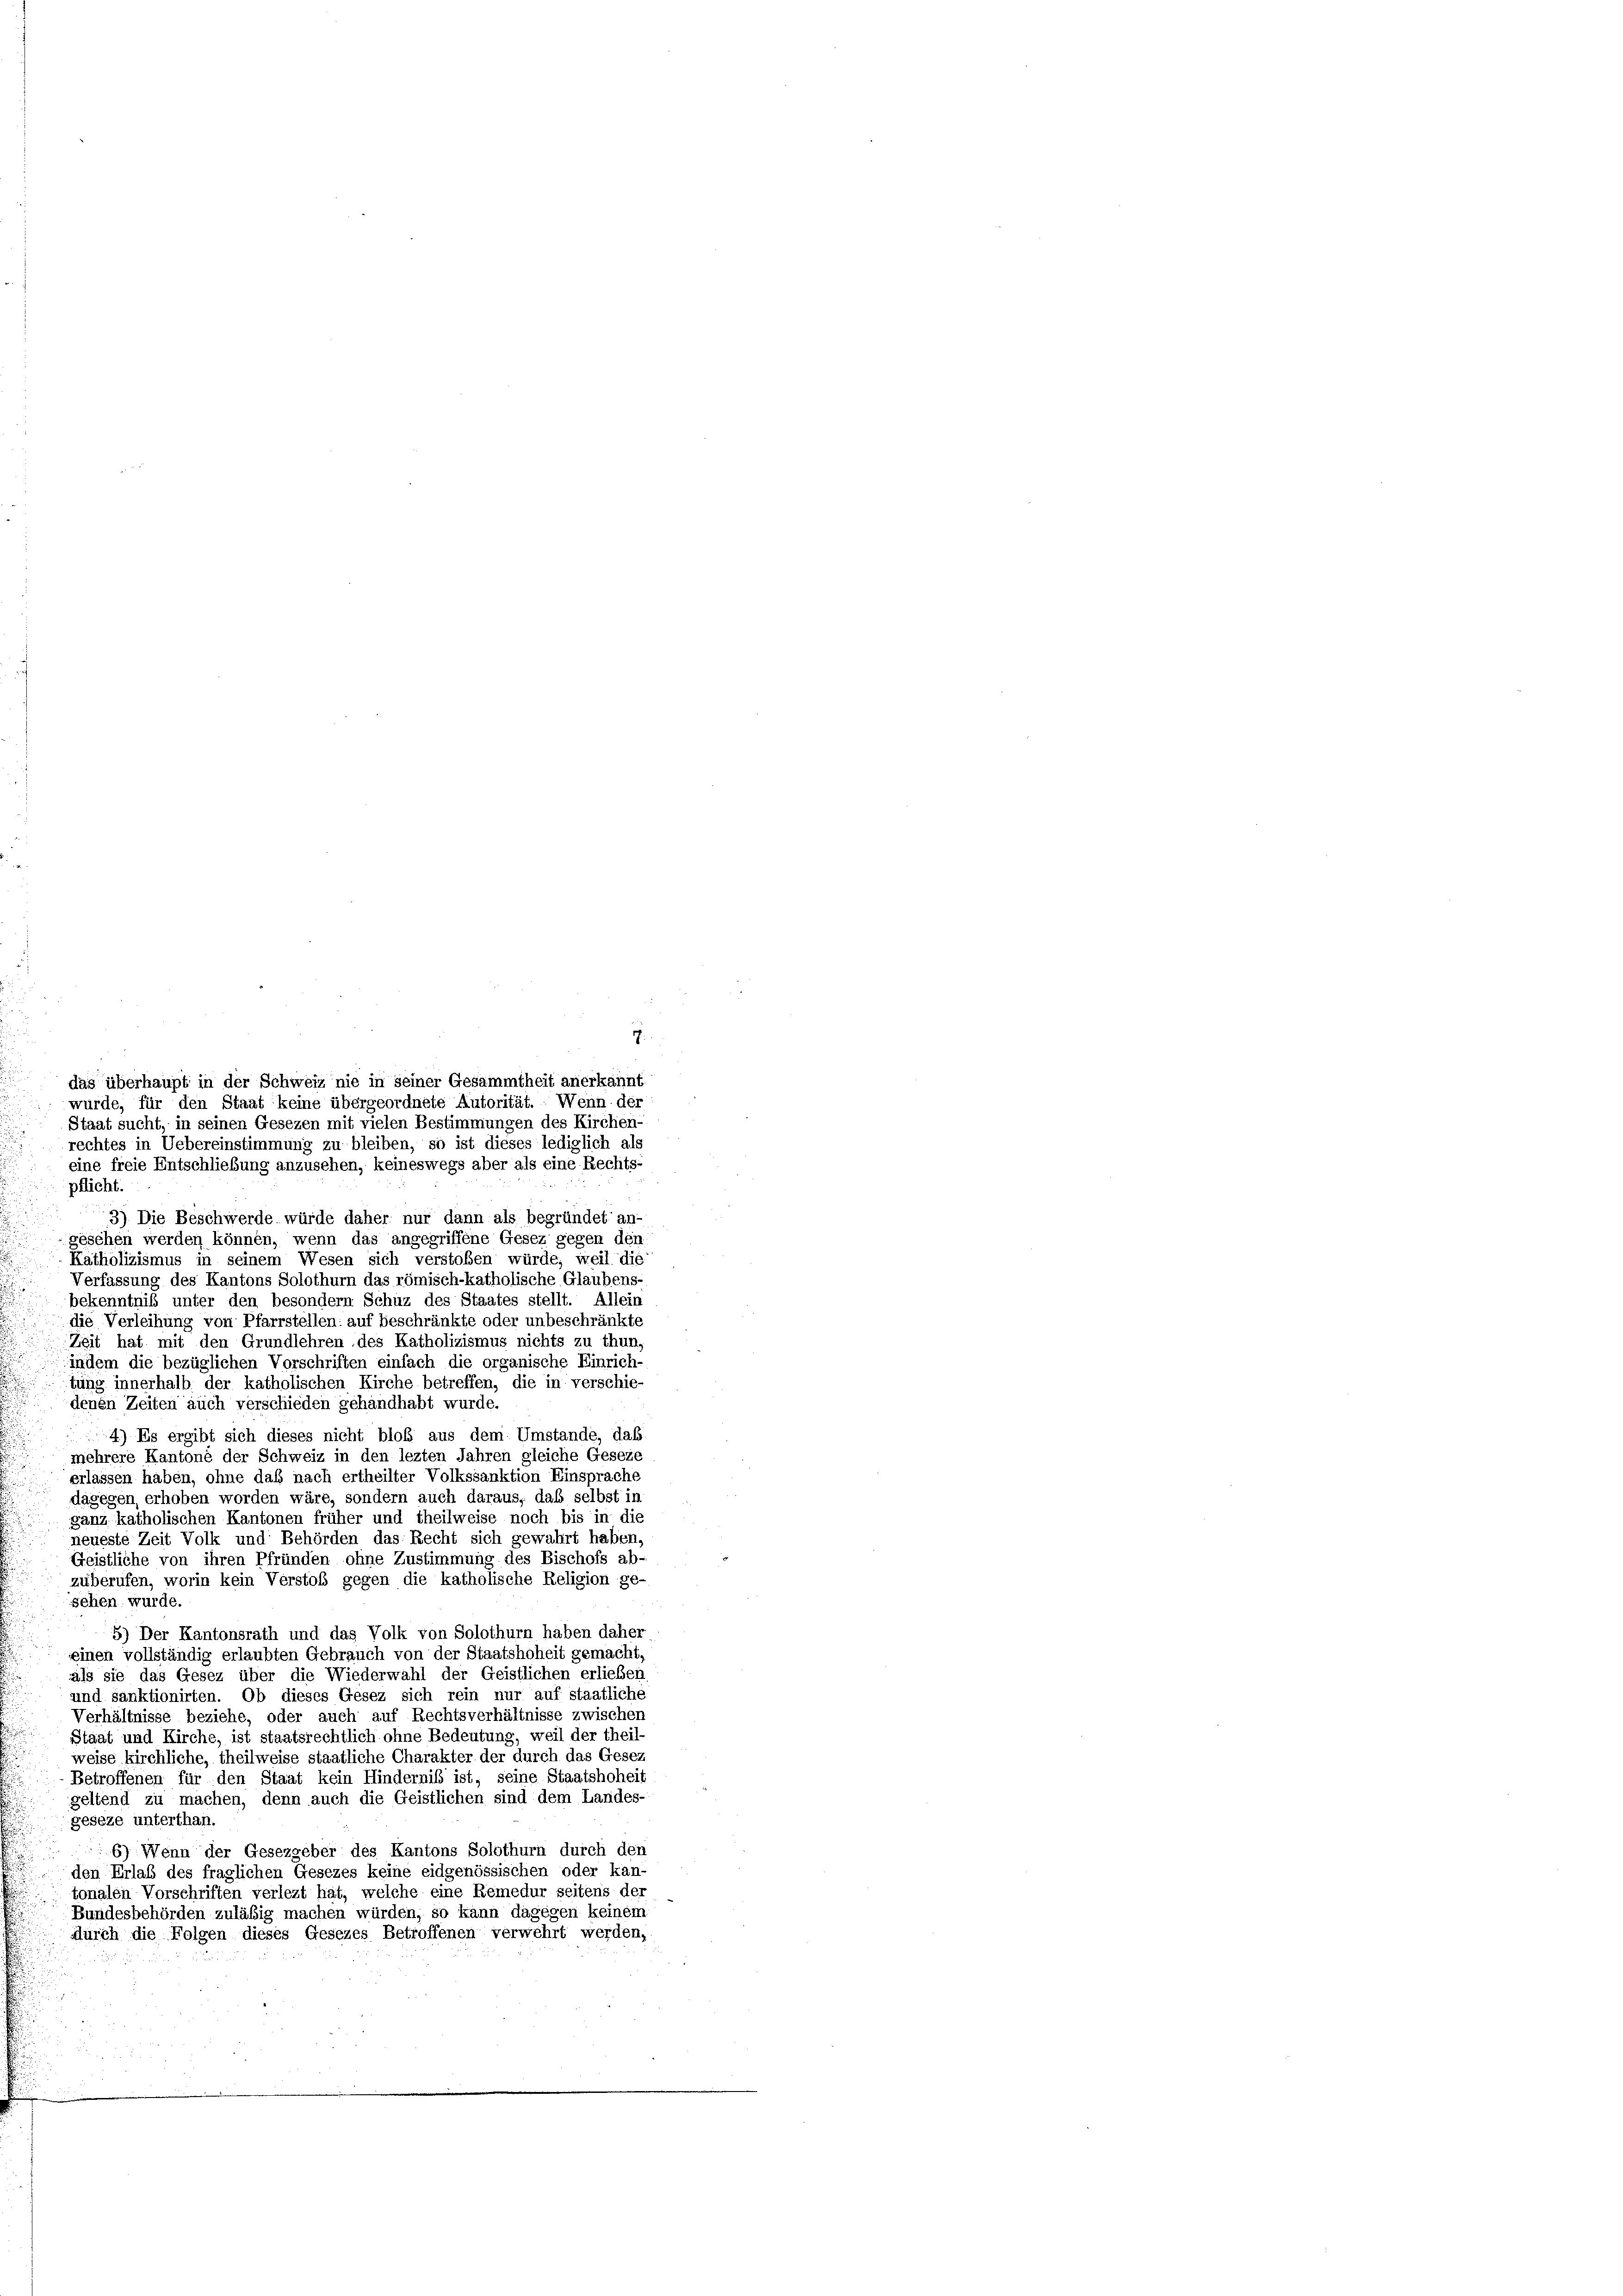
eine freie Entschließung anzusehen, keineswegs aber als eine Rechts-
pflicht.
3) Die Beschwerde würde daher nur dann als begründet an-
geschen werden können, wenn das angegriffene Gesez gegen den
Katholizismus in seinem Wesen sich verstoßen würde, weil die
Verfassung des Kantons Solothurn das römisch-katholische Glaubens-
bekenntniß unter den besondern Schuz des Staates stellt. Allein
die Verleihung von Pfarrstellen: auf beschränkte oder unbeschränkte
Zeit hat mit den Grundlehren des Katholizismus nichts zu thun,
indem die bezüglichen Vorschriften einfach die organische Einrich-
tung innerhalb der katholischen Kirche betreffen, die in verschie
denen Zeiten auch verschieden gehandhabt wurde.
4) Es ergibt sich dieses nicht bloß aus dem Umstande, daß
mehrere Kantone der Schweiz in den lezten Jahren gleiche Geseze
erlassen haben, ohne daß nach ertheilter Volkssanktion Einsprache
dagegen, erhoben worden wäre, sondern auch daraus, daß selbst in
ganz katholischen Kantonen früher und theilweise noch bis in die
neueste Zeit Volk und Behörden das Recht sich gewahrt haben,
Geistliche von ihren Pfründen ohne Zustimmung des Bischofs ab-
zuberufen, worin kein Verstoß gegen die katholische Religion ge-
sehen wurde.
5) Der Kantonsrath und das Volk von Solothurn haben daher
einen vollständig erlaubten Gebrauch von der Staatshoheit gemacht,
als sie das Gesez über die Wiederwahl der Geistlichen erlieben
und sanktionirten. Ob dieses Gesez sich rein nur auf staatliche
Verhältnisse beziehe, oder auch auf Rechtsverhältnisse zwischen
Staat und Kirche, ist staatsrechtlich ohne Bedeutung, weil der theil-
weise kirchliche, theilweise staatliche Charakter der durch das Gesez
Betroffenen für den Staat kein Hinderniß ist, seine Staatshoheit
geltend zu machen, denn auch die Geistlichen sind dem Landes-
geseze unterthan.
6) Wenn der Gesetzgeber des Kantons Solothurn durch den
den Erlas des fraglichen Gesezes keine eidgenössischen oder kan-
tonalen Vorschriften verlezt hat, welche eine Remedur seitens der
Bundesbehörden zuläßig machen würden, so kann dagegen keinem
durch die Folgen dieses Gesezes Betroffenen verwehrt werden,

das überhaupt in der Schweiz nie in seiner Gesammtheit anerkannt
wurde, für den Staat keine übergeordnete Autorität. Wenn der
Staat sucht, in seinen Gesezen mit vielen Bestimmungen des Kirchen-
rechtes in Uebereinstimmung zu bleiben, so ist dieses lediglich als

7.